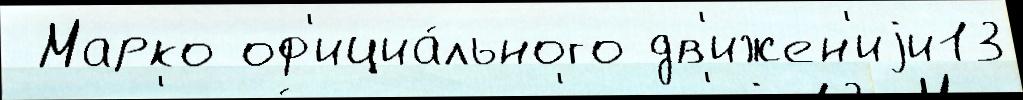
 Марко оф'ициа́льного дв'ижен'иjи13